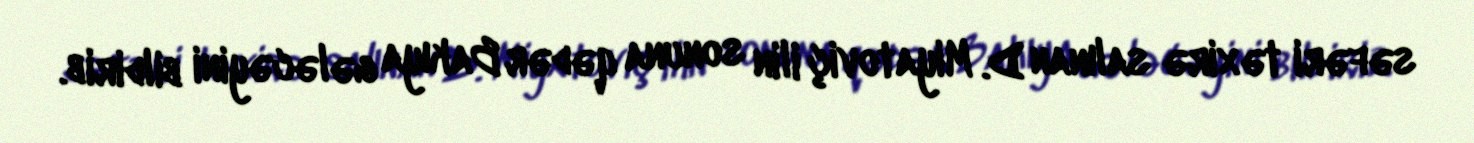
səfəri təxirə salınan D. Miyatoviç ilin sonuna qədər Bakıya gələcəyini bildirib.